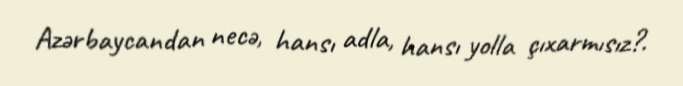
Azərbaycandan necə, hansı adla, hansı yolla çıxarmısız?.